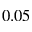
0 . 0 5